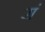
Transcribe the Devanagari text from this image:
रां